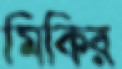
মিকির